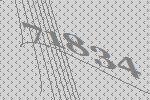
71834